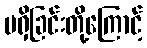
မရှိခြင်းတို့ကြောင့်